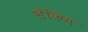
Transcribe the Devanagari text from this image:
लेकिम